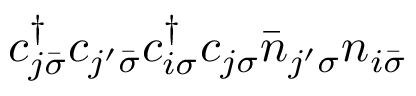
c _ { j \bar { \sigma } } ^ { \dagger } c _ { j ^ { \prime } \bar { \sigma } } c _ { i \sigma } ^ { \dagger } c _ { j \sigma } \bar { n } _ { j ^ { \prime } \sigma } n _ { i \bar { \sigma } }